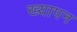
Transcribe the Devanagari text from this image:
ख्यापन